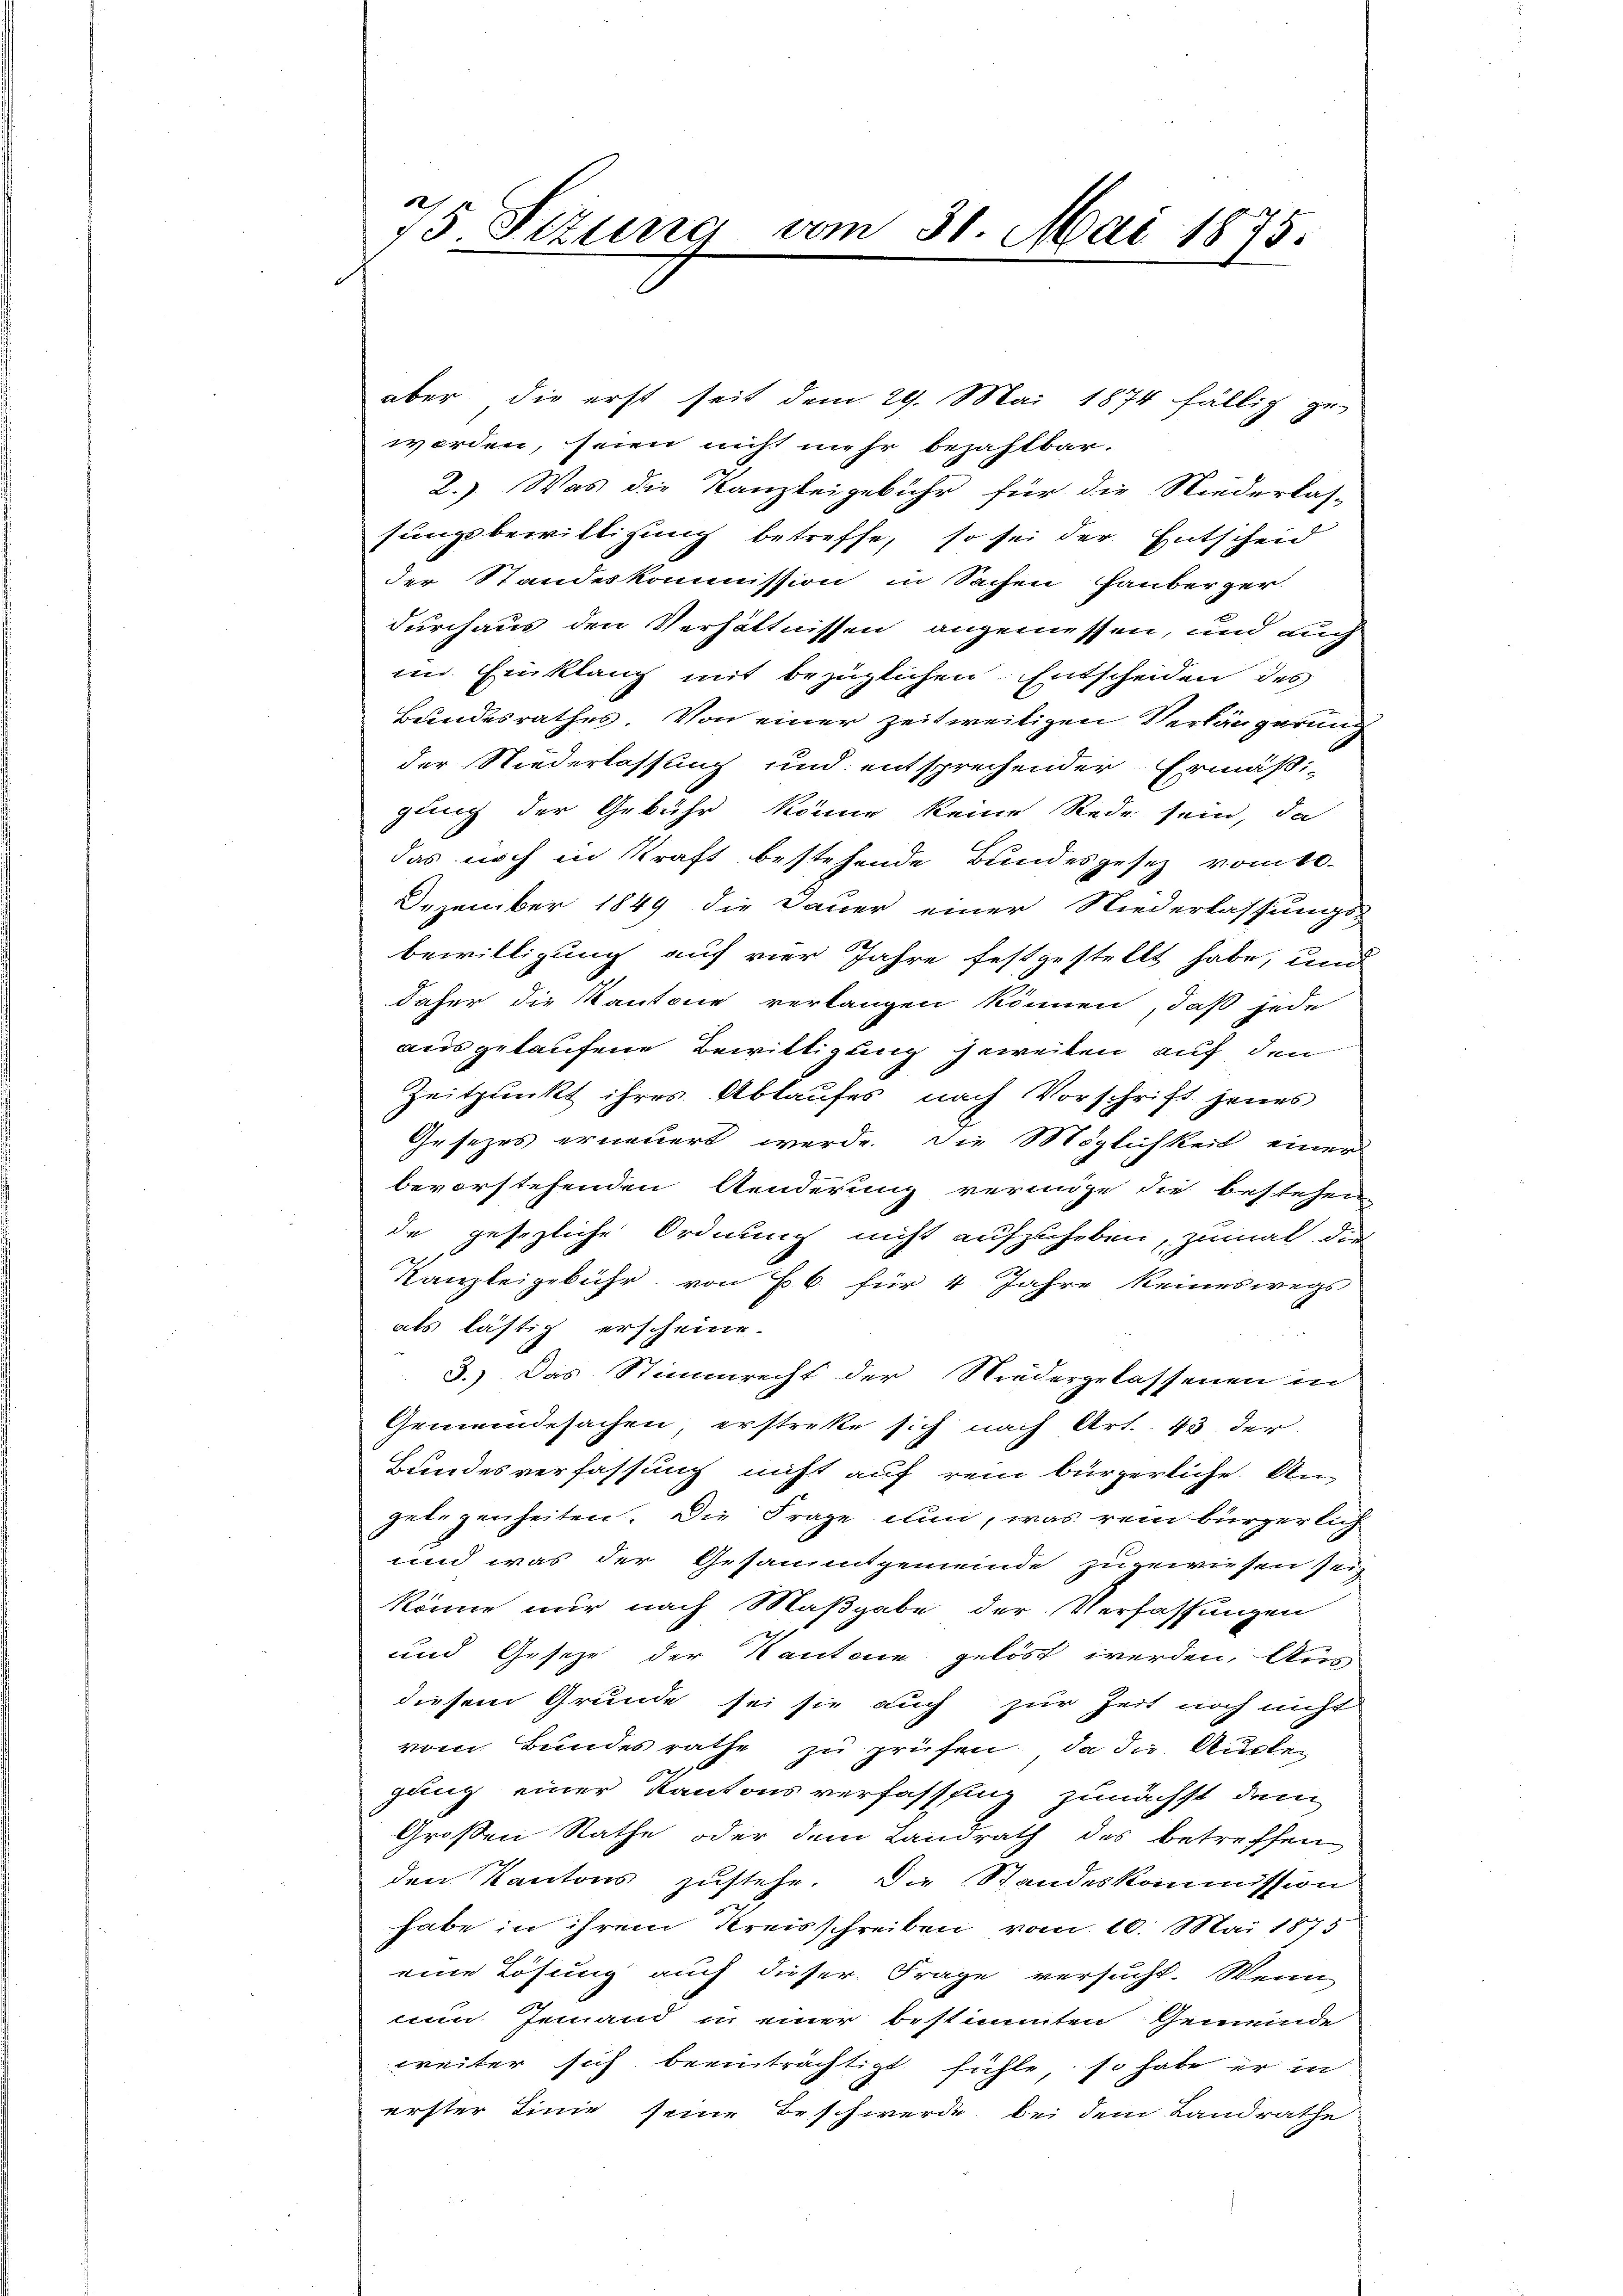
75 Sizune

vom 31. Mai 1875.

aber die erst seit dem 29. Mai 1874 fällig zu
worden, seien nicht mehr bezahlbar.
2.) Was die Kanzleigebühr für die Niederlassungsbewilligung betreffe, so sei der Entscheid
der Standeskommission in Sachen Hauberger-
durchaus den Verhältnissen angemessen, und auch
im Einklang mit bezüglichen Entscheiden des
Bundesrathes. Von einer zeitweiligen Verlängerung
der Niederlassung und entsprechender Ermäßi-
gung der Gebühr könne keine Rede sein, da
das noch in Kraft bestehende Bundesgesetz vom 10.
Dezember 1849 die Dauer einer Niederlassungs-
bewilligung auf vier Jahre festgestellt habe, und
daher die Kantone verlangen können, daß jede
ausgekaufene Bewilligung jeweilen auf den
Zeitpunkt ihres Ablaufes nach Vorschrift jenes
Gesetzes erneuert werde. Die Möglichkeit einer
bevorstehenden Aenderung vermöge die bestehen
de gesezliche Ordnung nicht aufzuheben, zumal die
2
Kanzleigebühr von 6. für 4 Jahre keineswegs
als lästig erscheine.
3.) Das Stimmrecht der Niedergelassenen in
Gemeindesachen erstrete sich nach Art. 43 der
Bundesverfassung nicht auf rein bürgerliche An-
gelegenheiten. Die Frage nun, was rein bürgerlich
und was der Gesammtgemeinde zugewiesen sei,
könne nur nach Maßgabe der Verfassungen
und Gesetze der Kantone gelöst werden. Aus
diesem Grunde sei sie auch zur Zeit noch nicht
vom Bundesrathe zu prüfen, da die Auslegung einer Kantonsverfassung zunächst dem
Großen Rathe oder dem Landrath des betreffen
den Kantons zustehe. Die Standeskommission
habe in ihrem Kreisschreiben vom 10. Mai 1875
eine Lösung auch dieser Frage versucht. Wenn
tein Jemand in einer bestimmten Gemeinde
weiter sich beeinträchtigt fühle, so habe er in
erster Linie seine Beschwerde, bei dem Landrathe